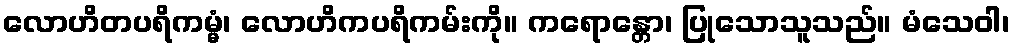
လောဟိတပရိကမ္မံ၊ လောဟိကပရိကမ်းကို။ ကရောန္တော၊ ပြုသောသူသည်။ မံသေဝါ၊